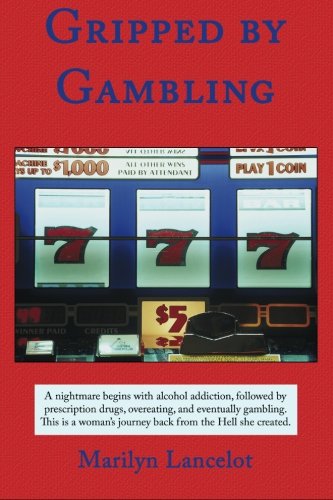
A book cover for Gripped by Gambling; Marilyn Lancelot; Health, Fitness & Dieting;